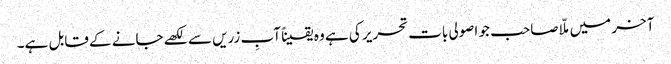
آخر میں ملّا صاحب جو اصولی بات تحریر کی ہے وہ یقیناً آبِ زریں سے لکھے جانے کے قابل ہے۔